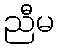
ညီမ